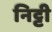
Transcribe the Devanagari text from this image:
निट्टी